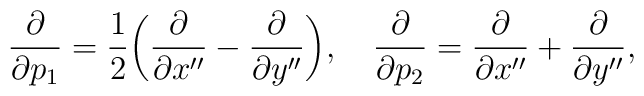
{\partial \over \partial p_1} = {1\over2} \biggl( {\partial \over \partial x''}                   - {\partial \over \partial y''} \biggr), \quad{\partial \over \partial p_2} = {\partial \over \partial x''} + {\partial \over \partial y''},